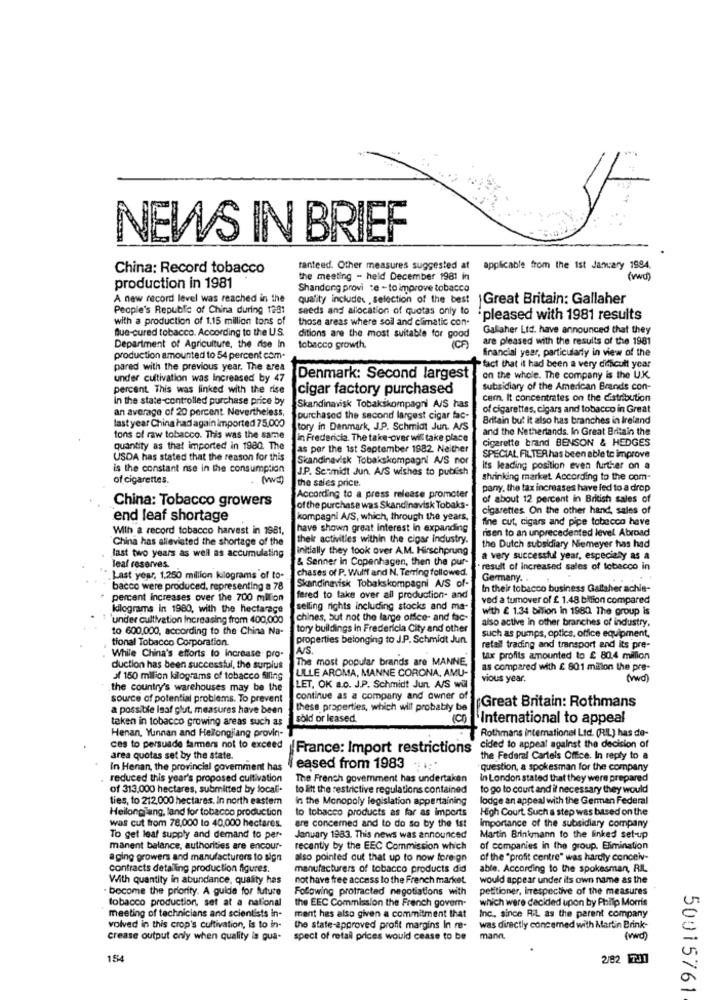
NEWS IN BRIEF
China: Record tobacco
ranteed. Other measures suggested at
applicable from the ist January 1984.
the meeting - held December 1981 in
(vwd)
production in 1981
Shandong provi ce - to improve tobacco
A new record level was reached in the
quality includes ,selection of the best |Great Britain: Gallaher
People's Republic of China during 1291
seeds and allocation of quotas only to
with a production of 1.15 million tons of
those areas where soil and climatic con-
'pleased with 1981 results
Blue-cured tobacco. According to the U.S.
Gallaher Ltd. have announced that they
ditions are the most suitable for good
ICP
are pleased with the results of the 1981
Department of Agriculture, the rise In
tobacco growth.
financial year, particularly in view of the
production amounted to 54 percent com-
pared with the previous year. The area
- fact that it had been a very difficult year
under cultivation was Increased by 47
Denmark: Second largest
on the whole. The company is the U.K.
percent. This was linked with the rise
cigar factory purchased
Subsidiary of the American Brands con-
In the state-controlled purchase price by
cem. It concentrates on the distribution
an average of 20 percent. Nevertheless,
Skandinavisk Tobakskompagni A/S has
of cigarettes, cigars and tobacco in Great
last year China had again imported 75,000
purchased the second largest cigar fac-
Britain but it also has branches in Ireland
Story in Denmark, J.P. Schmidt Jun. A/S
and the Netherlands. In Great Britain the
tons of raw tobacco. This was the same
in Fredericia. The take-over will take place
Cigarette brand BENSON & HEDGES
quantity as that imported in 1980. The
as per the 1st September 1982. Neither
USDA has stated that the reason for this
Skandinavisk Tobakskompagni A/S nor
SPECIAL FILTER has been able to improve
is the constant rise in the consumption
J.P. Setmidt Jun. A/S wishes to publish
Its leading position even further on a
of cigarettes.
(Vw)
the sales price.
shrinking market According to the com-
pany, the tax increases have led to a drop
China: Tobacco growers
According to a press release promoter
of about 12 percent in British sales of
of the purchase was Skandinavisk Tobaks-
cigarettes On the other hand, sales of
end leaf shortage
kompagni A/S, which, through the years,
fine cut, cigars and pipe tobacco have
With a record tobacco harvest in 1981,
have shown great interest in expanding
risen to an unprecedented level. Abroad
China has alleviated the shortage of the
their activities within the cigar industry.
initially they took over A.M. Hirschprung
the Dutch subsidiary Nemeyer has had
last two years as well as accumulating
& Senner in Copenhagen, then the pur-
a very successful year, especialy as a
leaf reserves.
chases of P. Wulff and N. Terring followed.
result of increased sales of tobacco in
.Last year, 1,250 million kilograms of to-
Germany. .
bacco were produced, representing a 78
Skandinavisk Tobakskompagni A/S of-
In their tobacco business Gallaher achie-
percent Increases over the 700 million
fered to take over all production- and
ved a tumover of £ 1.48 billion compared
kilograms in 1980, with the hectarage
selling rights including stocks and ma-
with £ 1.34 bilion in 1980. The group is
under cultivation Increasing from 400,000
chines, but not the large office- and fac-
also active in other branches of industry,
to 600,000, according to the China Na-
tory buildings in Fredericia City and other
such as pumps, optics, office equipment,
tional Tobacco Corporation.
properties belonging to J.P. Schmidt Jun.
retail trading and transport and its pre-
While China's efforts to Increase pro-
The most popular brands are MANNE,
tx profits amounted to £ 80.4 million
duction has been successful, the surplus
LILLE AROMA, MANNE CORONA, AMU-
as compared with £ 801 milion the pre-
af 150 milion kilograms of tobacco filling
vious year.
(vwd
.the country's warehouses may be the
LET. OK a.o. J.P. Schmidt Jun. A/S wül
source of potential problems. To prevent
continue as a company and owner of
a possible isaf glut, measures have been
these properties, which will probably be
Great Britain: Rothmans
taken in tobacco growing areas such as
sold or leased.
"International to appeal
Henan, Yunnan and Helongjiang provin-
Rothmans international Ltd. (RIL) has de-
ces to persuade farmers not to exceed France: Import restrictions" cided to appeal against the decision of
area quotas set by the state.
the Federal Cartels Office. In reply to a
In Henan, the provincial government has
eased from 1983 ;*
question, a spokesman for the company
reduced this year's proposed cultivation
The French government has undertaken
In London stated that they were prepared
of 313,000 hectares, submitted by locali-
to litt the restrictive regulations contained
to go to court and if necessary they would
ties, to 212,000 hectares. In north eastem
In the Monopoly legislation appertaining
lodge an appeal with the German Federal
Heilongjang, land for tobacco production
to tobacco products as far as imports
High Court. Such a step was based on the
was cut from 78,000 to 40,000 hectares.
are concerned and to do so by the 1st
importance of the subsidiary company
To get leaf supply and demand to per-
January 1983. This news was announced
Martin Brinkmann to the linked set-up
manent balance, authorities are encour-
recently by the EEC Commission which
of companies in the group. Elimination
aging growers and manufacturers to sign
also pointed out that up to now foreign
of the "profit centre" was hardty conceiv-
Contracts detalling production figures.
manufacturers of tobacco products did
able. According to the spokesman, RIL
With quantity in abundance, quality has
not have free access to the French market.
would appear under its own name as the
become the priority. A guide for future
Following protracted negotiations with
petitioner, irrespective of the measures
tobacco production, set at a national
the EEC Commission the French govern-
which were decided upon by Philip Morris
meeting of technicians and scientists in-
ment has also given a commitment that
Inc ., since RiL as the parent company
volved in this crop's cultivation, is to in-
the state-approved profit margins In re-
was directly concemed with Martin Brink-
crease output only when quality is qua-
spect of retail prices would cease to be
mann,
(vwd)
154
2/82 TJ1
50015761